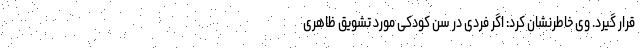
قرار گیرد. وی خاطرنشان کرد: اگر فردی در سن کودکی مورد تشویق ظاهری